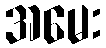
အမေး